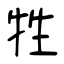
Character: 牲